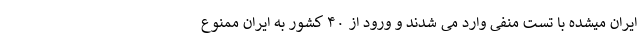
ایران میشده با تست منفی وارد می شدند و ورود از ۴۰ کشور به ایران ممنوع